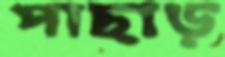
পাছাড়